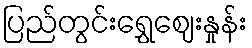
ပြည်တွင်းရွှေဈေးနှုန်း